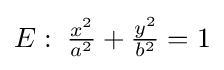
E:\;{\tfrac {x^{2}}{a^{2}}}+{\tfrac {y^{2}}{b^{2}}}=1